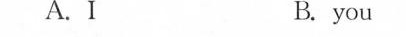
A.I B. you C.hi